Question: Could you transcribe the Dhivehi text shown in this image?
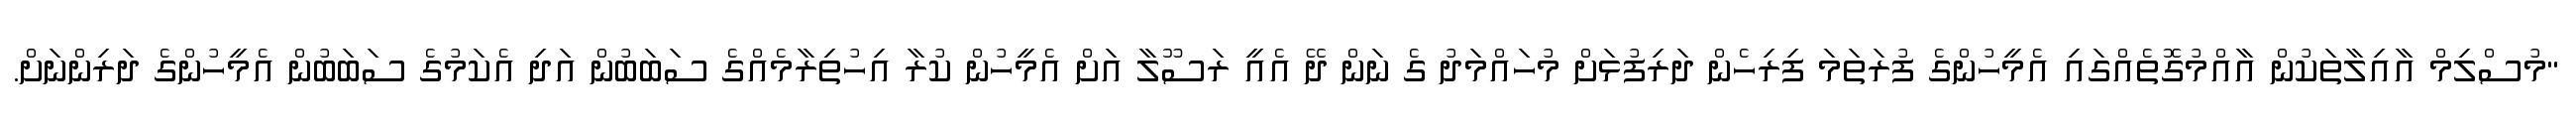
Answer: "މުސްލިމް އާއިލާތަކުން އާއްމުގޮތެއްގައި އެމީހުންގެ ފުރަތަމަ ފިރިހެން ދަރިފުޅަށް މުހައްމަދު ގެ ނަން ދޭ އެއީ ރަސޫލާ އަށް އެމީހުން ކުރާ އިހުތިރާމެއްގެ ސަބަބުން އަދި އެކަމުގެ ސަބަބުން އެމީހުންގެ ދަރިންނަށް.